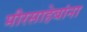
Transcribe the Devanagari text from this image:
मीरसाहेबांना